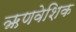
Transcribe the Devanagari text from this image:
ऋणवेशिक